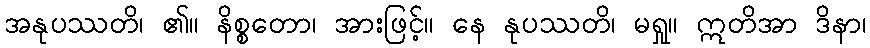
အနုပဿတိ၊ ၏။ နိစ္စတော၊ အားဖြင့်။ နေ နုပဿတိ၊ မရှု။ ဣတိအာ ဒိနာ၊